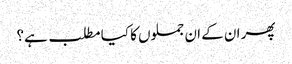
پھر ان کے ان جملوں کا کیا مطلب ہے؟